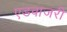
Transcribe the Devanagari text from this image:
एडवाजरी